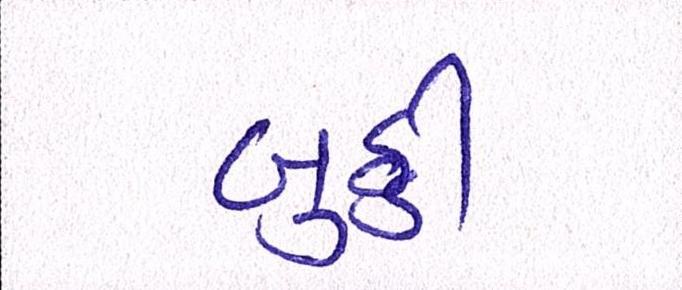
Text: બુઠ્ઠી